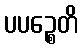
ပပဉ္စေတိ